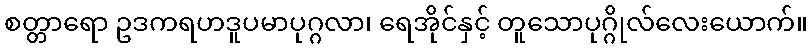
စတ္တာရော ဥဒကရဟဒူပမာပုဂ္ဂလာ၊ ရေအိုင်နှင့် တူသောပုဂ္ဂိုလ်လေးယောက်။